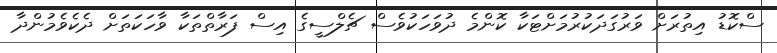
ސްކޮޑު އިތުރަށް ވަރުގަދަކުރުމަށްޓަކާ ކޮންމެ ދުވަހަކުވެސް ޗެލްސީގެ އިސް ފަރާތްތަކާ ވާހަކަތަށް ދެކެވެމުންދާ